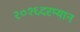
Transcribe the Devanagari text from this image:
२०१६दरम्यान